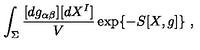
\int _ { \Sigma } \frac { [ d g _ { \alpha \beta } ] [ d X ^ { I } ] } { V } \exp \{ - S [ X , g ] \} \ ,